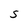
Character: S